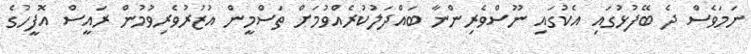
ނަމަވެސް ދެ ބޭފުޅުގައި އެކުގައި ނޫސްވެރިންނާ ބައްދަލުކުރެއްވުމަށް ތަސްމީން އުޒުރުވެރިވުމުން ރައީސް އޮފީހުގެ